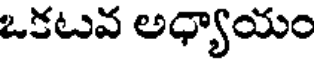
ఒకటవ అధ్యాయం